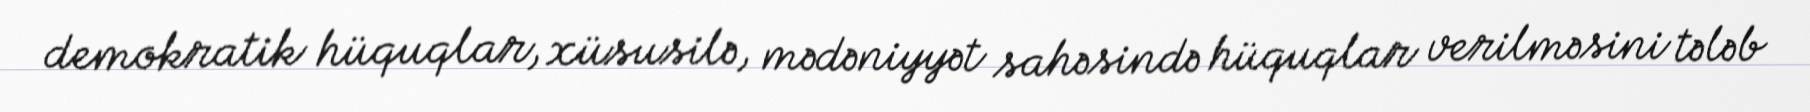
demokratik hüquqlar, xüsusilə, mədəniyyət sahəsində hüquqlar verilməsini tələb